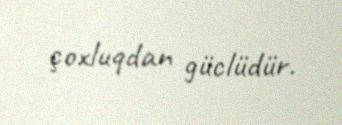
çoxluqdan güclüdür.